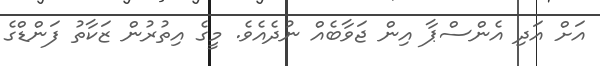
އަށް އަދި އެންސްޕާ އިން ޖަވާބެއް ނުދެއެވެ. މީގެ އިތުރުން ޒަކާތު ފަންޑްގެ